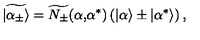
\widetilde { | \alpha _ { \pm } \rangle } = \widetilde { N _ { \pm } } ( \alpha \mathrm { , } \alpha ^ { * } ) \left( | \alpha \rangle \pm | \alpha ^ { * } \rangle \right) ,